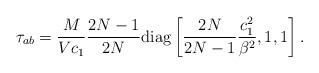
LaTeX: \begin{align*}\tau_{ab}=\frac{M}{Vc_1}\frac{2N-1}{2N} {\rm diag}\left [\frac{2N}{2N-1}\frac{c_1^2}{\beta^2}, 1,1\right].\end{align*}